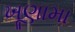
ખૂણામા